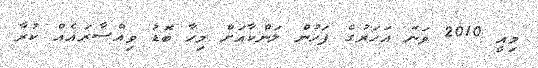
މިއީ 2010 ވަނަ އަހަރުގެ ފަހުން ލަންކާއަށް މިހާ ބޮޑު ވިއްސާރައެއް ކުރާ